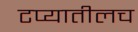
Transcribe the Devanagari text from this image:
टप्यातीलच